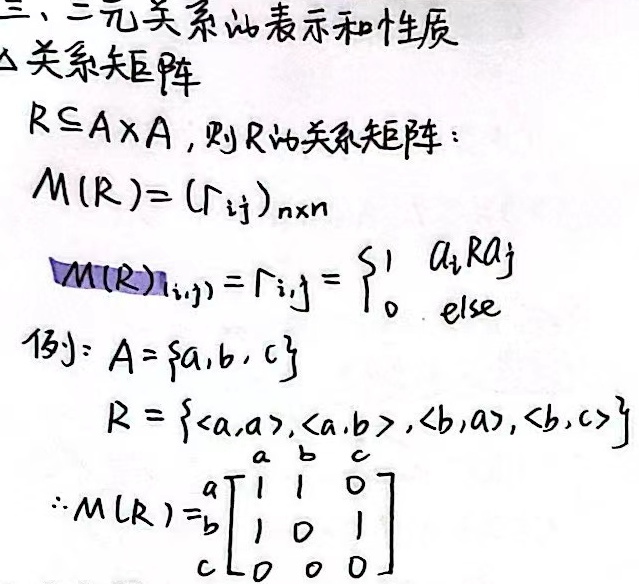
三、二元关系的表示和性质
1. 关系矩阵
若\(R\subseteq A\times A\)，则\(R\)的关系矩阵：\(M(R)=(r_{ij})_{n\times n}\)，\(M(R)_{(i,j)} = r_{ij}=\begin{cases}1, & a_i R a_j\\0, & \text{else}\end{cases}\)。

例：设\(A = \{a,b,c\}\)，\(R=\{\langle a,a\rangle,\langle a,b\rangle,\langle b,a\rangle,\langle b,c\rangle\}\)，
\(\therefore M(R)=\begin{bmatrix}1&1&0\\1&0&1\\0&0&0\end{bmatrix}\)